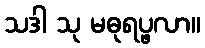
သဒါ သု မဓုရပ္ဖလာ။